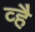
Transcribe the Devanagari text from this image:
व्है